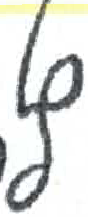
אות: ץ